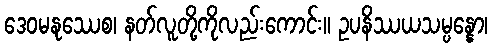
ဒေဝမနုဿေစ၊ နတ်လူတို့ကိုလည်းကောင်း။ ဥပနိဿယသမ္ပန္နော၊